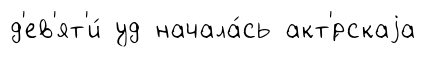
д'ев'ят'и́ уд начала́сь акт'́рскаjа